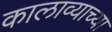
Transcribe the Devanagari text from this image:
कालाव्याच्या